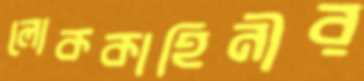
লোককাহিনীর